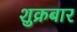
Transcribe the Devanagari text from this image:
शुक्रबार